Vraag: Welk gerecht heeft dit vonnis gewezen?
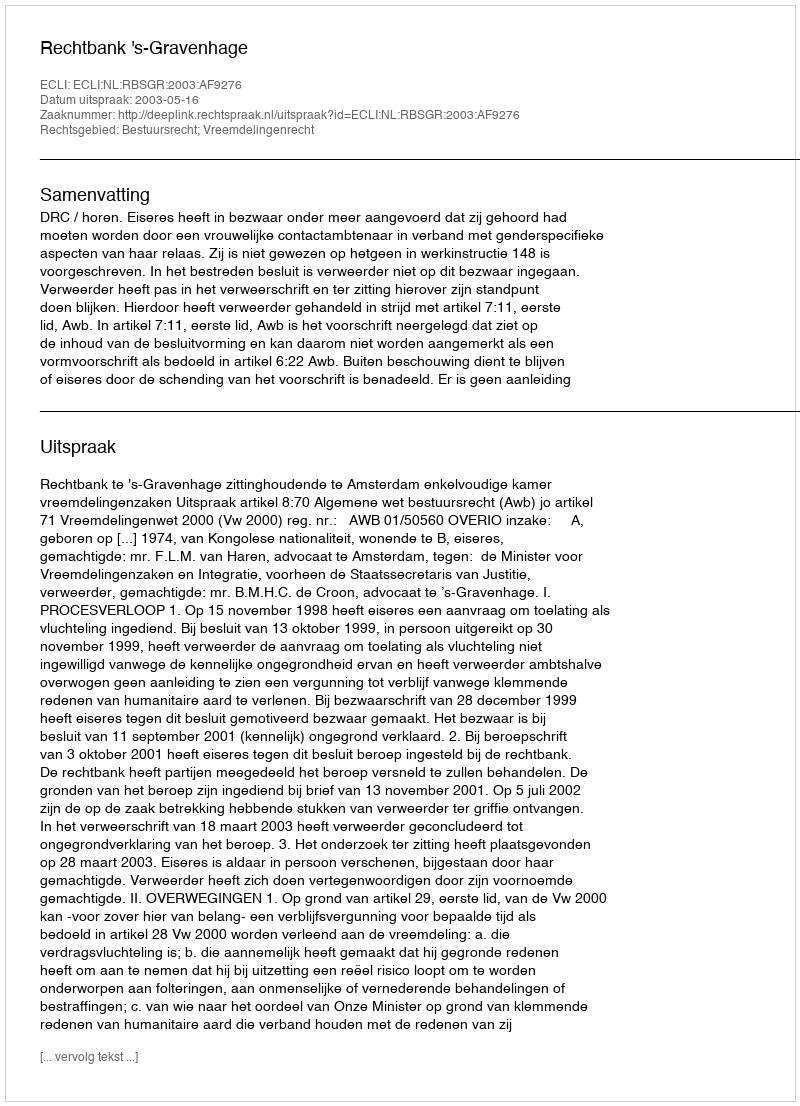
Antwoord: Rechtbank 's-Gravenhage